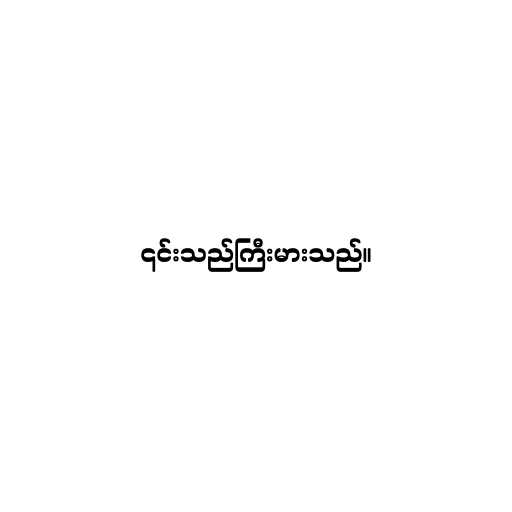
၎င်းသည်ကြီးမားသည်။